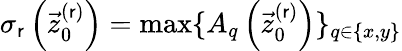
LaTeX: \sigma_{\mathsf{r}}\left(\vec{{z}}_{0}^{(\mathsf{r})}\right)=\operatorname*{max}\{ A_{q}\left(\vec{{z}}_{0}^{(\mathsf{r})}\right)\} _{q\in\{ x,y\} }